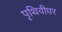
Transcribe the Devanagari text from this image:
पृथिवीधर